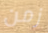
زمن